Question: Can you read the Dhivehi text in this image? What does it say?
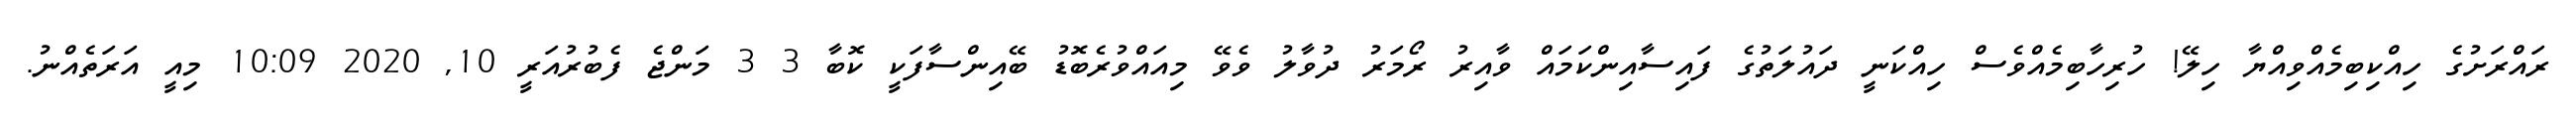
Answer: ރައްރަށުގެ ހިއްކިބިމެއްވިއްޔާ ހިލޭ! ހުރިހާބިމެއްވެސް ހިއްކަނީ ދައުލަތުގެ ފައިސާއިންކަމައް ވާއިރު ރޯމަރު ދުވާލު ވެވޭ މިއައްވުރެބޮޑު ބޭއިންސާފަކީ ކޮބާ 3 3 މަންޖެ ފެބުރުއަރީ 10, 2020 10:09 މިއީ އަރަތެއްނު.